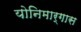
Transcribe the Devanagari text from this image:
योनिमार्गास